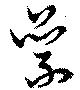
累